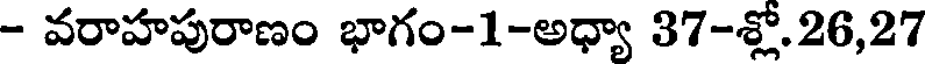
- వరాహపురాణం భాగం-1-అధ్యా 37-శ్లో.26,27